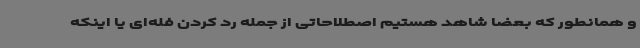
و همانطور که بعضا شاهد هستیم اصطلاحاتی از جمله رد کردن فله‌ای یا اینکه